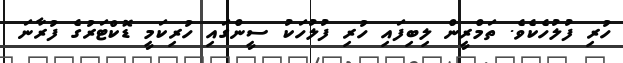
ހުރި ފުލުހެކެވެ. ތަމްރީން ލިބިފައި ހުރި ފުލުހަކު ސީންގައި ހުރިކަމީ ޑޮކްޓަރުގެ ފުރާނަ